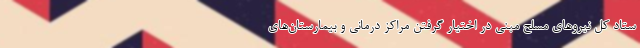
ستاد کل نیروهای مسلح مبنی در اختیار گرفتن مراکز درمانی و بیمارستان‌های